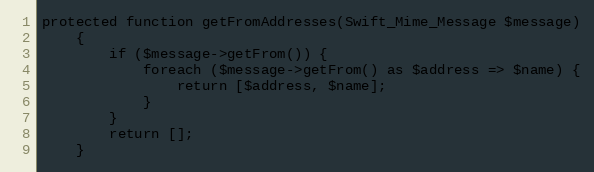
Language: PHP
protected function getFromAddresses(Swift_Mime_Message $message)
	{
		if ($message->getFrom()) {
			foreach ($message->getFrom() as $address => $name) {
				return [$address, $name];
			}
		}
		return [];
	}